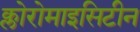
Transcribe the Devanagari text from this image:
क्लोरोमाइसिटीन